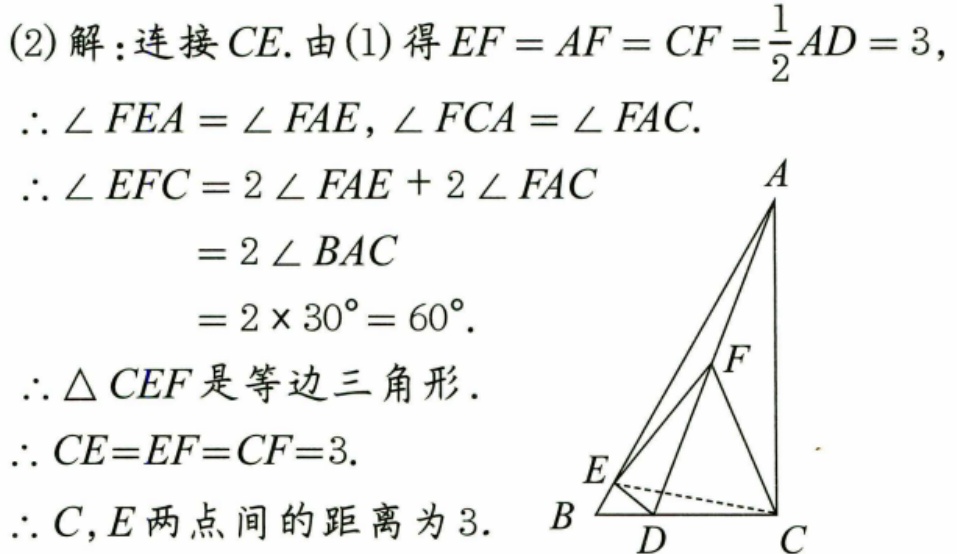
(2) 解：连接$CE$. 由(1)得$EF = AF = CF=\frac{1}{2}AD = 3$，
$\therefore \angle FEA=\angle FAE,\angle FCA=\angle FAC.$
$\therefore \angle EFC = 2\angle FAE+2\angle FAC$
$= 2\angle BAC$
$= 2\times30^{\circ}= 60^{\circ}.$
$\therefore \triangle CEF$是等边三角形.
$\therefore CE = EF = CF = 3.$
$\therefore C,E$两点间的距离为$3.$